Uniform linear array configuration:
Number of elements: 32
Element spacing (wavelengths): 0.25
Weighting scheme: binomial
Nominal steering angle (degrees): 15
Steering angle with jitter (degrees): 14.044
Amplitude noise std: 0.05
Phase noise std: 0.05

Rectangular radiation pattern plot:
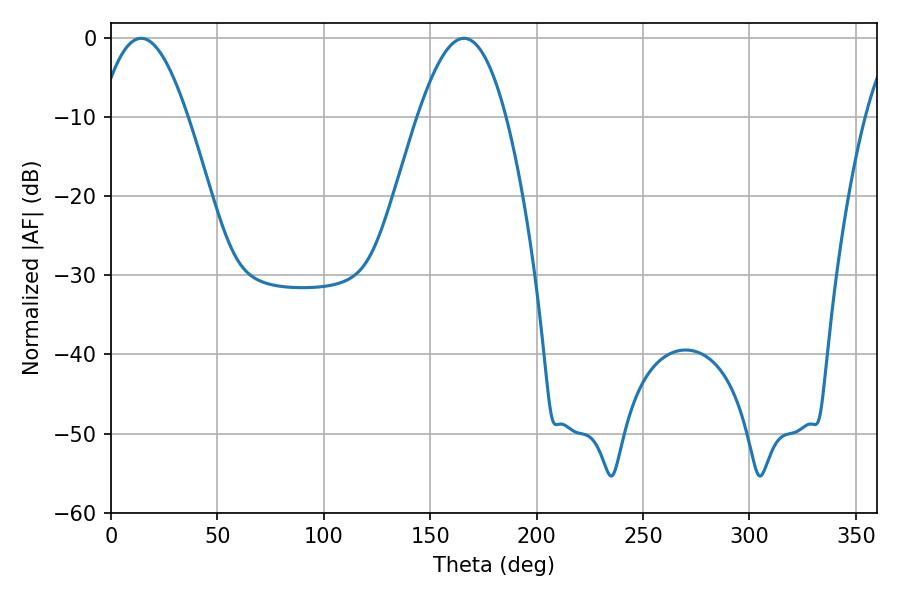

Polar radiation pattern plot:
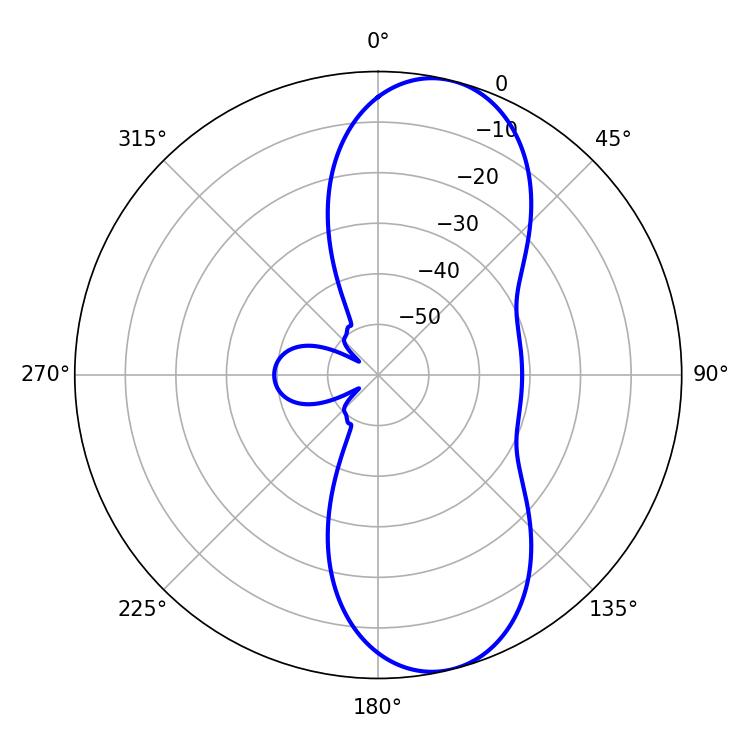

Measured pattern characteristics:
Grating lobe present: FALSE
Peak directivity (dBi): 9.64
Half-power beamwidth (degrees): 22.5
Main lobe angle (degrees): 14.22